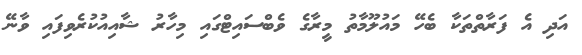
އަދި އެ ފަރާތްތަކާ ބެހޭ މައުލޫމާތު މީރާގެ ވެބްސައިޓްގައި މިހާރު ޝާއިއުކުރެވިފައި ވާނޭ